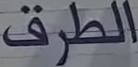
الطرق